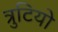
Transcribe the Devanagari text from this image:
त्रुटियो